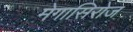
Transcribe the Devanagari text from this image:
मेगासिरोज